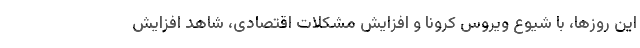
این روزها، با شیوع ویروس کرونا و افزایش مشکلات اقتصادی، شاهد افزایش